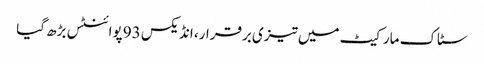
سٹاک مارکیٹ میں تیزی برقرار، انڈیکس 93 پوائنٹس بڑھ گیا